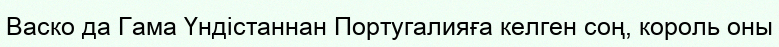
Васко да Гама Үндістаннан Португалияға келген соң, король оны